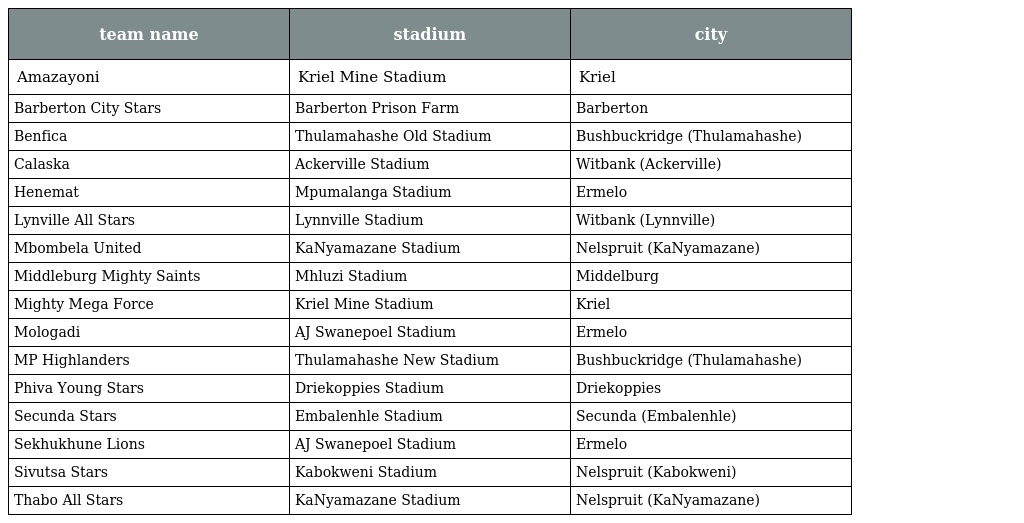
| team name | stadium | city |
 | --- | --- | --- |
 | Amazayoni | Kriel Mine Stadium | Kriel |
 | Barberton City Stars | Barberton Prison Farm | Barberton |
 | Benfica | Thulamahashe Old Stadium | Bushbuckridge (Thulamahashe) |
 | Calaska | Ackerville Stadium | Witbank (Ackerville) |
 | Henemat | Mpumalanga Stadium | Ermelo |
 | Lynville All Stars | Lynnville Stadium | Witbank (Lynnville) |
 | Mbombela United | KaNyamazane Stadium | Nelspruit (KaNyamazane) |
 | Middleburg Mighty Saints | Mhluzi Stadium | Middelburg |
 | Mighty Mega Force | Kriel Mine Stadium | Kriel |
 | Mologadi | AJ Swanepoel Stadium | Ermelo |
 | MP Highlanders | Thulamahashe New Stadium | Bushbuckridge (Thulamahashe) |
 | Phiva Young Stars | Driekoppies Stadium | Driekoppies |
 | Secunda Stars | Embalenhle Stadium | Secunda (Embalenhle) |
 | Sekhukhune Lions | AJ Swanepoel Stadium | Ermelo |
 | Sivutsa Stars | Kabokweni Stadium | Nelspruit (Kabokweni) |
 | Thabo All Stars | KaNyamazane Stadium | Nelspruit (KaNyamazane) |